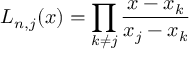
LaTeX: L _ { n , j } ( x ) = \prod _ { k \neq j } { \frac { x - x _ { k } } { x _ { j } - x _ { k } } }